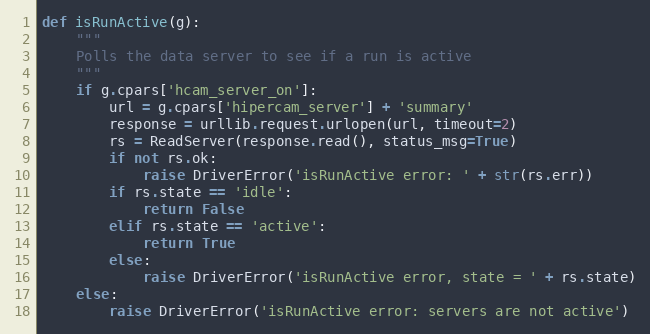
Language: Python
def isRunActive(g):
    """
    Polls the data server to see if a run is active
    """
    if g.cpars['hcam_server_on']:
        url = g.cpars['hipercam_server'] + 'summary'
        response = urllib.request.urlopen(url, timeout=2)
        rs = ReadServer(response.read(), status_msg=True)
        if not rs.ok:
            raise DriverError('isRunActive error: ' + str(rs.err))
        if rs.state == 'idle':
            return False
        elif rs.state == 'active':
            return True
        else:
            raise DriverError('isRunActive error, state = ' + rs.state)
    else:
        raise DriverError('isRunActive error: servers are not active')